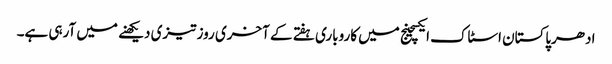
ادھرپاکستان اسٹاک ایکسچینج میں کاروباری ہفتے کے آخری روز تیزی دیکھنے میں آرہی ہے۔